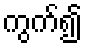
ကွက်၍